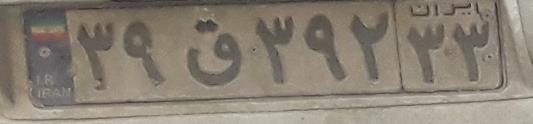
۳۹ق۳۹۲۳۳